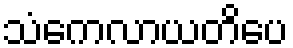
သံကေလာယတိပေ